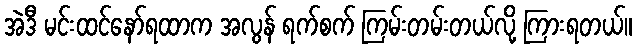
အဲဒီ မင်းထင်နော်ရထာက အလွန် ရက်စက် ကြမ်းတမ်းတယ်လို့ ကြားရတယ်။